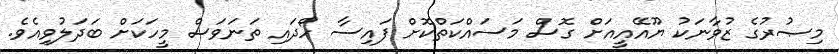
މިޞުރުގެ ޒުވާނަކު ޔޫއޭއީއަށް ގޮސް މަސައްކަތްކޮށް ފައިސާ ހޯދައި ތަނަވަސް މީހަކަށް ބަދަލުވިއެވެ.